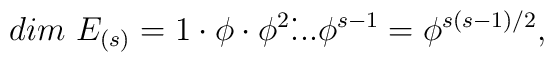
dim~E_{(s)} =1\cdot\phi\cdot\phi^2\dot...\phi^{s-1} = \phi^{s(s-1)/2},